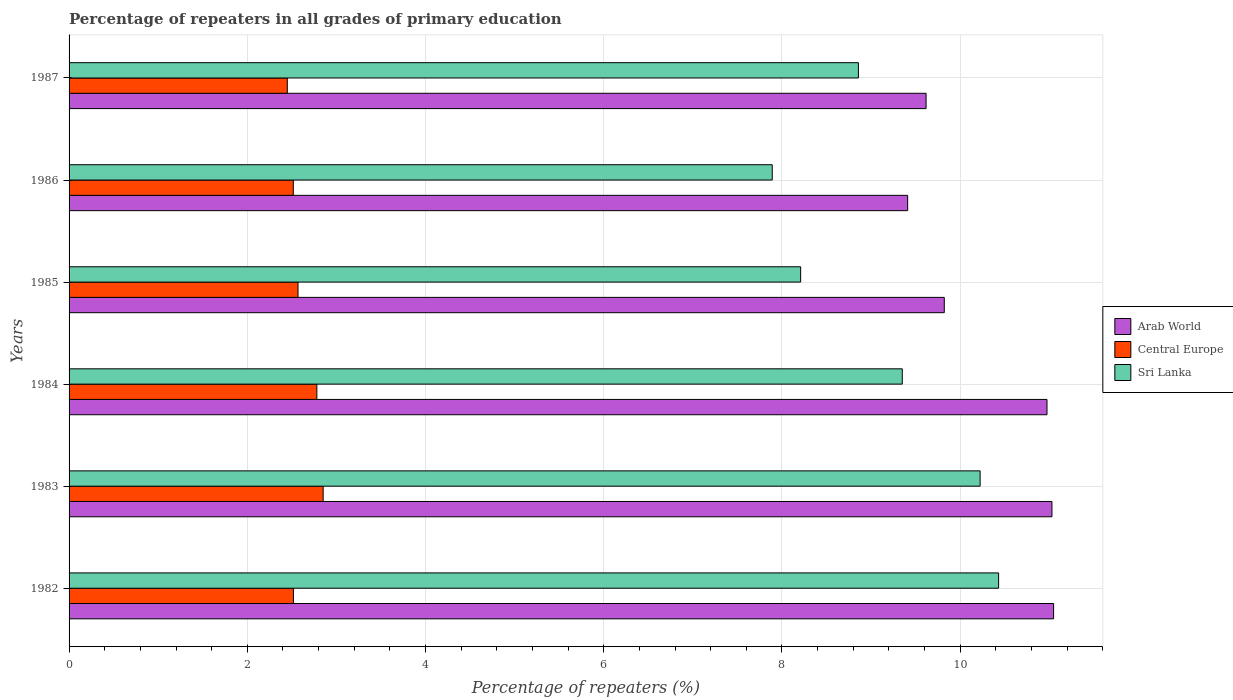
| Years | Arab World | Central Europe | Sri Lanka |
 | --- | --- | --- | --- |
 | 1982 | 11 | 2.52 | 10.4 |
 | 1983 | 11 | 2.85 | 10.2 |
 | 1984 | 11 | 2.78 | 9.35 |
 | 1985 | 9.82 | 2.57 | 8.21 |
 | 1986 | 9.41 | 2.52 | 7.89 |
 | 1987 | 9.62 | 2.45 | 8.86 |